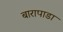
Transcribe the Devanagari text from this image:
बारापाडा